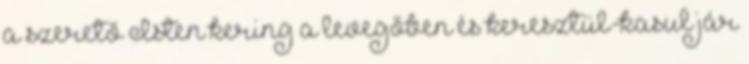
a szerető Isten kering a levegőben és keresztül-kasul jár